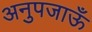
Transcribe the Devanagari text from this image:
अनुपजाऊँ